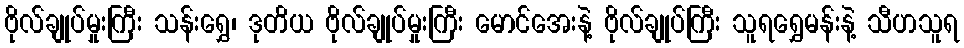
ဗိုလ်ချုပ်မှုးကြီး သန်းရွှေ၊ ဒုတိယ ဗိုလ်ချုပ်မှုးကြီး မောင်အေးနဲ့ ဗိုလ်ချုပ်ကြီး သူရရွှေမန်းနဲ့ သီဟသူရ